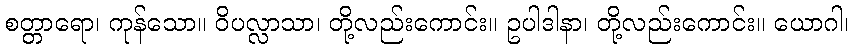
စတ္တာရော၊ ကုန်သော။ ဝိပလ္လာသာ၊ တို့လည်းကောင်း။ ဥပါဒါနာ၊ တို့လည်းကောင်း။ ယောဂါ၊